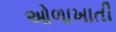
ઓળાખાતી